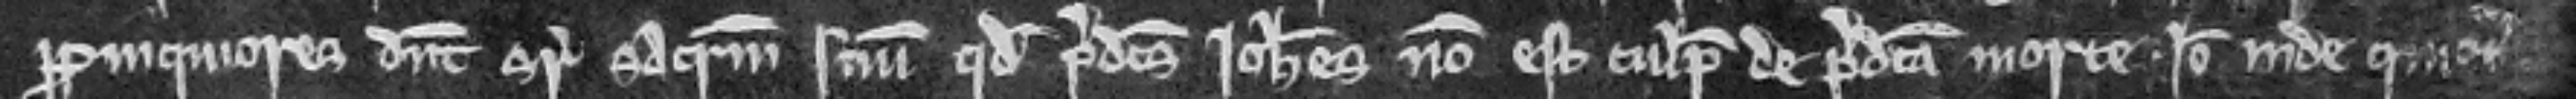
propinquiores dicunt super sacramentum suum quod predictus Johannes non est culpabilis de predicta morte. Ideo inde quietus.